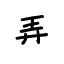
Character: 弄